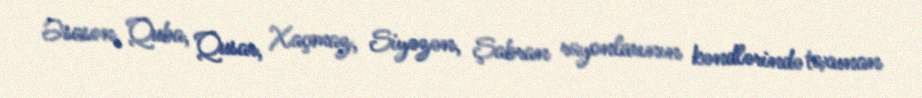
Əsasən, Quba, Qusar, Xaçmaz, Siyəzən, Şabran rayonlarının kəndlərində toxunan